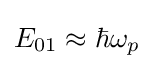
E_{01}\approx \hbar \omega _{p}